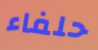
حلفاء